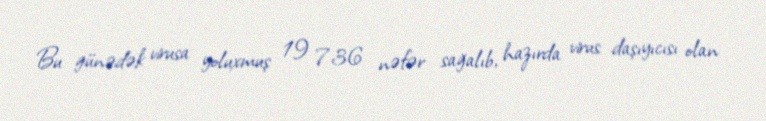
Bu günədək virusa yoluxmuş 19 736 nəfər sağalıb, hazırda virus daşıyıcısı olan